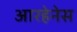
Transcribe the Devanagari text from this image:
आरहेनेस